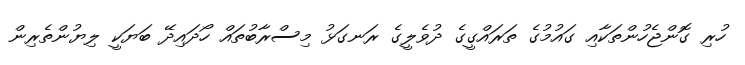
ހުރި ގޮންޖެހުންތަކާއި ގައުމުގެ ތަރައްގީގެ ދުވެލީގެ ރަނގަޅު މިސްރާބުތައް ހޯދައިދޭ ބަޔަކީ ލިޔުންތެރިން